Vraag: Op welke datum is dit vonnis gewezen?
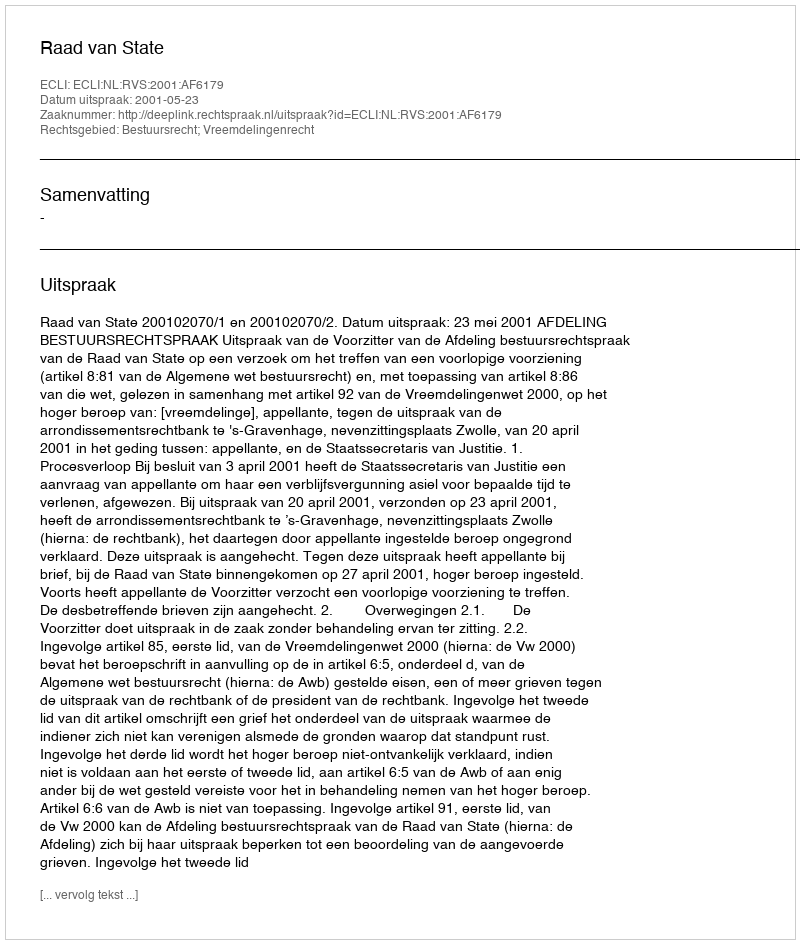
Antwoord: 2001-05-23